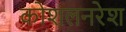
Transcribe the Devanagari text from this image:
कोशलनरेश